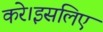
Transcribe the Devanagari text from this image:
करे।इसलिए